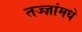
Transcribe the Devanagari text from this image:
तज्ज्ञांमधे